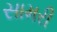
સામરી